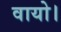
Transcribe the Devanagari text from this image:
वायो।